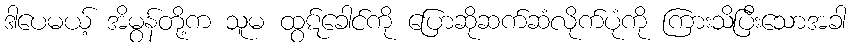
ဒါပေမယ့် အိမွန်တို့က သူမ ထွဋ်ခေါင်ကို ပြောဆိုဆက်ဆံလိုက်ပုံကို ကြားသိပြီးသောအခါ